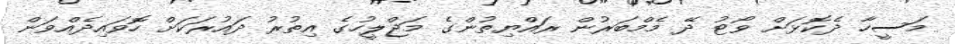
މަސީހާ ދެކޮޅަށް ވޯޓު ދޭ މެމްބަރުން ރައްޔިތުންގެ މަޖްލީހުގެ އިތުރު ދައުރަކަށް ހޮވައިދެއްވަން